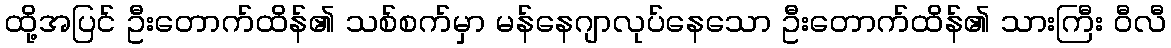
ထို့အပြင် ဦးတောက်ထိန်၏ သစ်စက်မှာ မန်နေဂျာလုပ်နေသော ဦးတောက်ထိန်၏ သားကြီး ဝီလီ